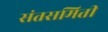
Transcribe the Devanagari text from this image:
संतसमिती